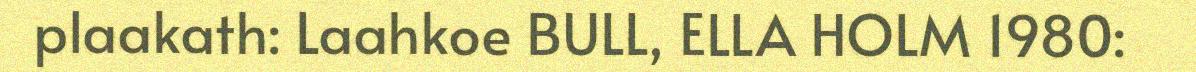
plaakath: Laahkoe BULL, ELLA HOLM 1980: